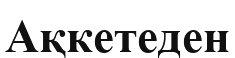
Ақкетеден